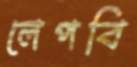
লেপবি